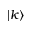
| k \rangle